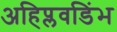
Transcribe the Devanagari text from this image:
अहिप्लवडिंभ